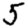
Digit: 5